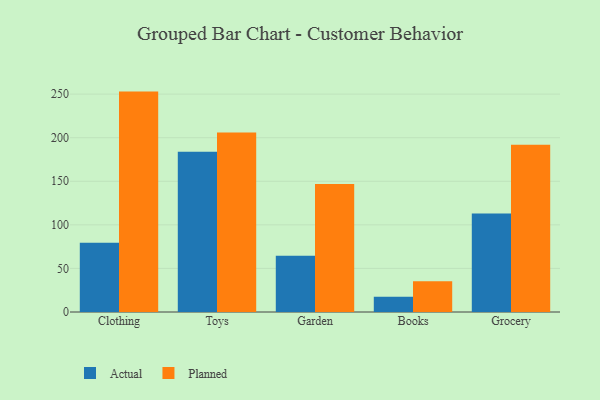
{"axis": {"x": "Category", "y": "Temperature (°C)"}, "legend": ["Actual", "Planned"], "data": [{"x": "Clothing", "y": 79.5, "type": "Actual"}, {"x": "Clothing", "y": 252.9, "type": "Planned"}, {"x": "Toys", "y": 183.9, "type": "Actual"}, {"x": "Toys", "y": 206.0, "type": "Planned"}, {"x": "Garden", "y": 64.5, "type": "Actual"}, {"x": "Garden", "y": 147.0, "type": "Planned"}, {"x": "Books", "y": 17.4, "type": "Actual"}, {"x": "Books", "y": 35.4, "type": "Planned"}, {"x": "Grocery", "y": 112.9, "type": "Actual"}, {"x": "Grocery", "y": 191.8, "type": "Planned"}]}